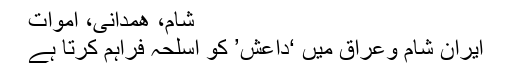
شام، ھمدانی، اموات
ایران شام وعراق میں ‘داعش’ کو اسلحہ فراہم کرتا ہے